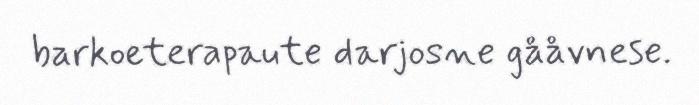
barkoeterapaute darjosne gååvnese.